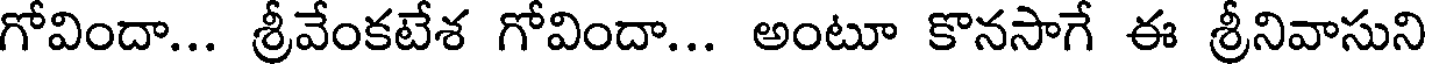
గోవిందా... శ్రీవేంకటేశ గోవిందా... అంటూ కొనసాగే ఈ శ్రీనివాసుని